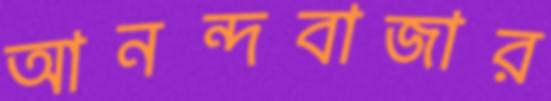
আনন্দবাজার